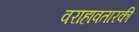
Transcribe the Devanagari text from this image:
वराहावतारकी